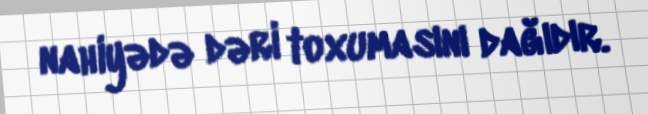
nahiyədə dəri toxumasını dağıdır.